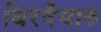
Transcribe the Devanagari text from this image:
थिरवैयारु